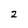
Character: 2